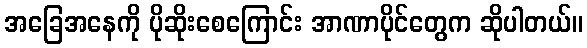
အခြေအနေကို ပိုဆိုးစေကြောင်း အာဏာပိုင်တွေက ဆိုပါတယ်။